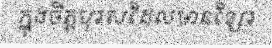
ក្នុងចិត្តបុរសដែលមានខ្សែរ